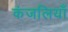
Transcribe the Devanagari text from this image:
कंजलियाँ